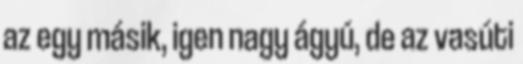
az egy másik, igen nagy ágyú, de az vasúti